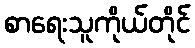
စာရေးသူကိုယ်တိုင်